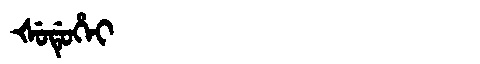
Manchu: ᡧᡠᡩᡠᡥᡝᡳ
Romanization: ŠUDUHEI